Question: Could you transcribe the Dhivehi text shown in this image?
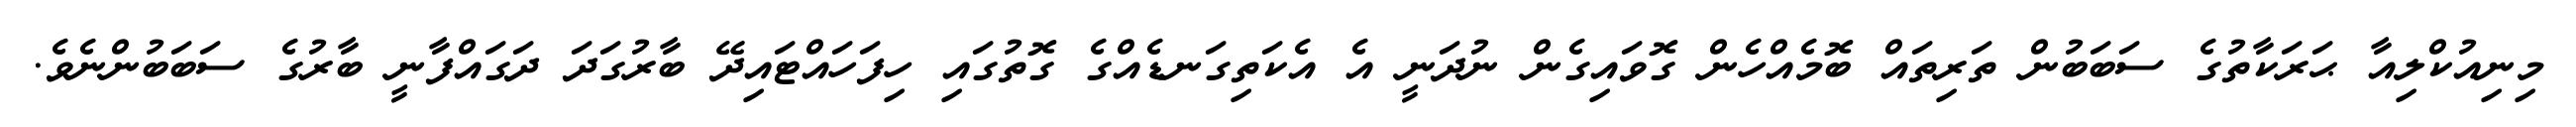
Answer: މިނިއުކްލިއާ ޙަރަކާތުގެ ސަބަބުން ތަރިތައް ބޮމެއްހެން ގޮވައިގެން ނުދަނީ އެ އެކަތިގަނޑެއްގެ ގޮތުގައި ހިފަހައްޓައިދޭ ބާރުގަދަ ދަގައްފާނީ ބާރުގެ ސަބަބުންނެވެ.